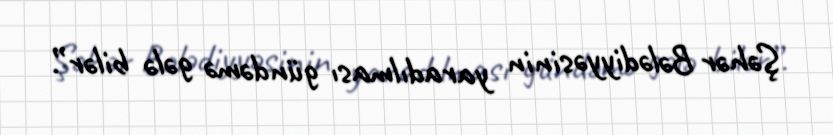
Şəhər Bələdiyyəsinin yaradılması gündəmə gələ bilər”.